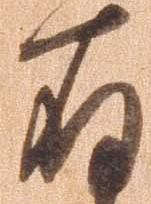
存